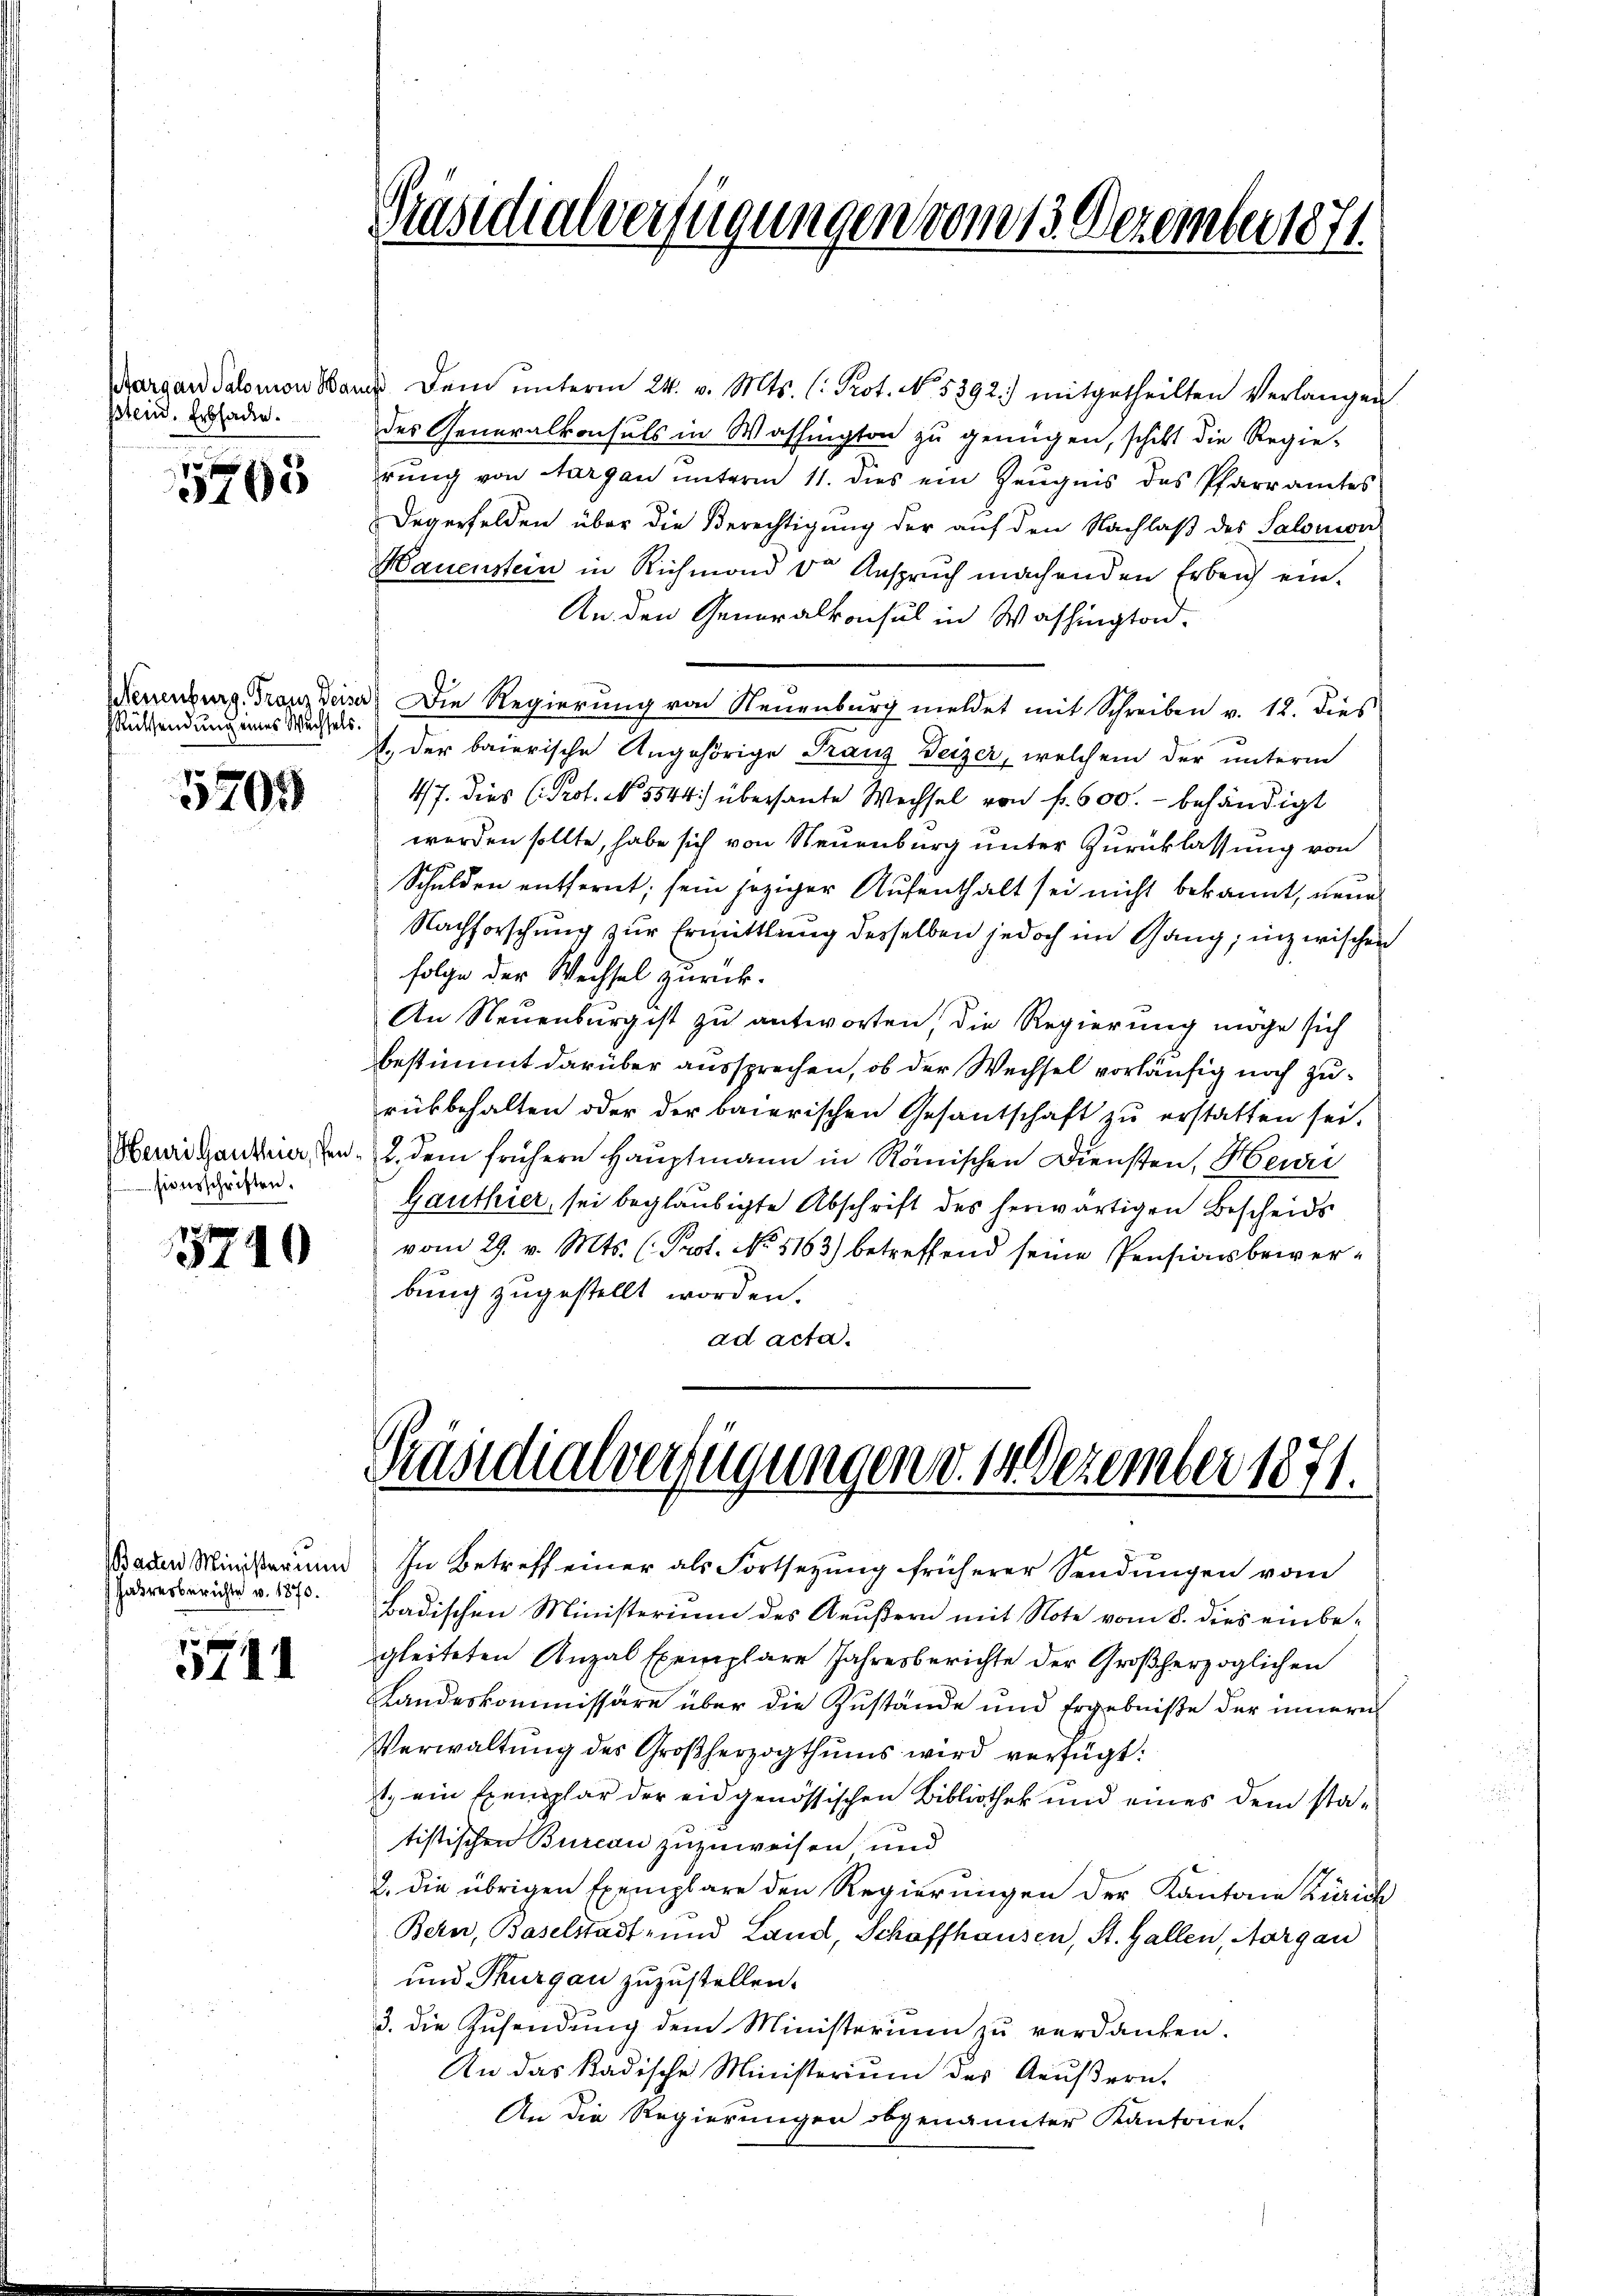
Margau Salomon Haus
stein. Erbladen.

5765

Rüssendung eines Wechsels.

5705

euri Ganthier, den
siverschriften.

3740

Jahresberichte v. 1870.

f x
34

Präsidialverfügungen vom 13. Dezember 1871.

ds dem ŭnterm 24. v. Mts. (: Prot. No. 5392.) mitgetheilten Verlangen
des Generalkonsuls in Washington zu genügen, schikt die Regie-
rŭng von Aargau unterm 11. dies ein Zeŭgnis des Pfarramtes
Degerfelden über die Berechtigung der auf den Nachlaβ des Salomon
Hauenstein in Richmond der Anspruch machenden Erbeich ein¬
An den Generalkonsul in Washingtod.
Neuenburg, Franz eiser) Die Regierung von Neuenburg meldet mit Schreiben v. 12. dies
I. der baierische Angehörige Franz Deizer, welchem der unterm
47. Dies Prof. No 5544) übersante Wechsel von f. 600.- behändigt
werden sollte, habe sich von Neuenburg unter Zurücklassung von
Schulden entfernt; sein jeziger Aufenthalt sei nicht bekannt, neue
Nachforschung zur Ermittlung desselben jedoch im Gang, inzwischen
folge der Wechsel zurück¬
An Neuenburg ist zu antworten, die Regierung möge sich
bestimmt darüber aussprechen, ob der Wechsel vorläufig noch zurükbehalten oder der baierischen Gesantschaft zu erstatten sei.
2. dem frühere Hauptmann in Römischen Diensten, Heuri
Ganthier, sei beglaubigte Abschrift des herwärtigen Bescheids
vom 29. v. Mts. (Prot. No. 5163) betreffend seine Pensionsbeiverbung zugestellt worden.
ad acta.

Präsidialverfügungen d. 1. Dezember 1871.

Baden Ministerum In Betreff einer als Fortsetzŭng früherer Sendŭngen vom
Badischen Ministerium des Aeußern mit Note vom 8. dies einbe-
gleiteten Anzal Exemplare Jahresberichte der Großherzoglichen
Landeskommissäre über die Zustände und Ergebniße der innern
Verwaltung des Großherzogthums wird verfügt:
1. ein Exemplar der eidgenössischen Bibliothek und eines dem statistischen Bureau zuzuweisen und
2. die übrigen Exemplare den Regierungen der Kantone Zürich
Bern, Baselstadt- und Land, Schaffhausen, St. Gallen, Aargau
und Thurgau zuzustellen.
3. die Zusendung dem Ministerium zu verdanken.
An das Radische Ministerium des Aeußern-
An die Regierungen obgenannter Kantone,